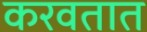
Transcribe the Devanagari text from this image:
करवतात